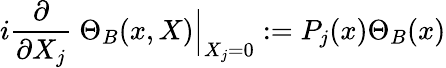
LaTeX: i\frac{\partial}{\partial X_{j}}\ \Theta_{B}(x,X)\Big\vert_{X_{j}=0}:=P_{j}(x)\Theta_{B}(x)